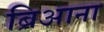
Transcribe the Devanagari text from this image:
ब्रिआना